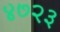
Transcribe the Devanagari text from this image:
४७२३